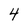
Character: 4